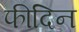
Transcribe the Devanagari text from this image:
फीदिन